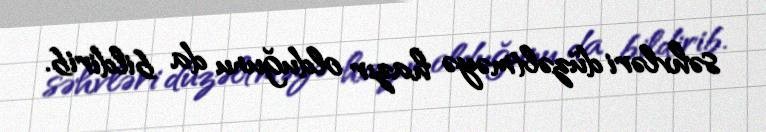
səhvləri düzəltməyə hazır olduğunu da bildirib.